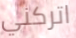
اتركني